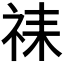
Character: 𫀇